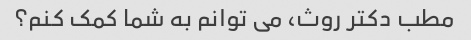
مطب دکتر روث، می توانم به شما کمک کنم؟